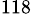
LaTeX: ^\mathrm{118}